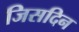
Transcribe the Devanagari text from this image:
जिसदिन